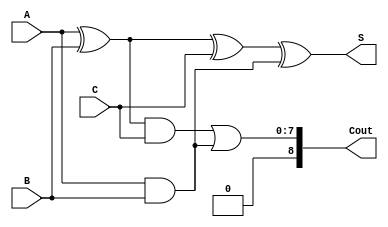
module carry_save_adder (
    input [m-1:0] A, // First input
    input [m-1:0] B, // Second input
    input [m-1:0] C, // Third input
    output [m-1:0] S, // Final sum output
    output [m:0] Cout // Final carry output
);
    parameter m = 8; // Bit-width of inputs

    // Intermediate sums and carries
    wire [m-1:0] S1, S2, S3;
    wire [m-1:0] C1, C2, C3;

    // First level of CSA
    assign S1 = A ^ B; // Partial sum from A and B
    assign C1 = A & B; // Carry from A and B

    assign S2 = S1 ^ C; // Partial sum from previous sum and C
    assign C2 = S1 & C; // Carry from previous sum and C

    // Final carry and sum
    assign S = S2 ^ C1; // Final sum
    assign Cout = C2 | C1; // Final carry

endmodule